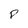
Character: p